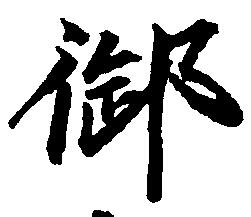
御